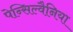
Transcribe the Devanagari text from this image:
पेन्सिल्वैनिया